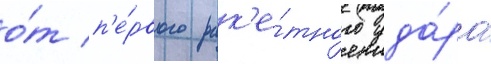
о́т п'е́рвого рак'е́тного уда́ра